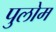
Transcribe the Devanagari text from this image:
पुलोम